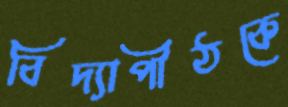
বিদ্যাপীঠকে